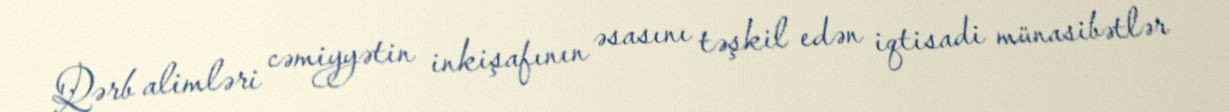
Qərb alimləri cəmiyyətin inkişafının əsasını təşkil edən iqtisadi münasibətlər